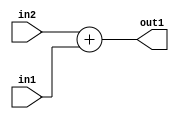
`timescale 1ps / 1ps
/*****************************************************************************
    Verilog RTL Description
    
    
    Created by: Stratus DpOpt 2019.1.01 
*******************************************************************************/

module DC_Filter_Add_13Sx10U_13S_1 (
	in2,
	in1,
	out1
	); /* architecture "behavioural" */ 
input [12:0] in2;
input [9:0] in1;
output [12:0] out1;
wire [12:0] asc001;

assign asc001 = 
	+(in2)
	+(in1);

assign out1 = asc001;
endmodule

/* CADENCE  ubD0Qw4= : u9/ySgnWtBlWxVPRXgAZ4Og= ** DO NOT EDIT THIS LINE ******/